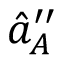
\hat { a } _ { A } ^ { \prime \prime }